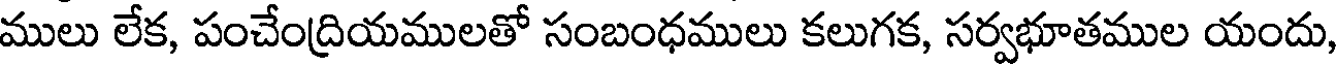
ములు లేక, పంచేంద్రియములతో సంబంధములు కలుగక, సర్వభూతముల యందు,